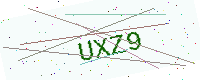
Text: UXZ9